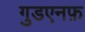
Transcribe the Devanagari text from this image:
गुडएनफ़